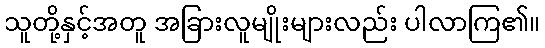
သူတို့နှင့်အတူ အခြားလူမျိုးများလည်း ပါလာကြ၏။